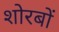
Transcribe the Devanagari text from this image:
शोरबों